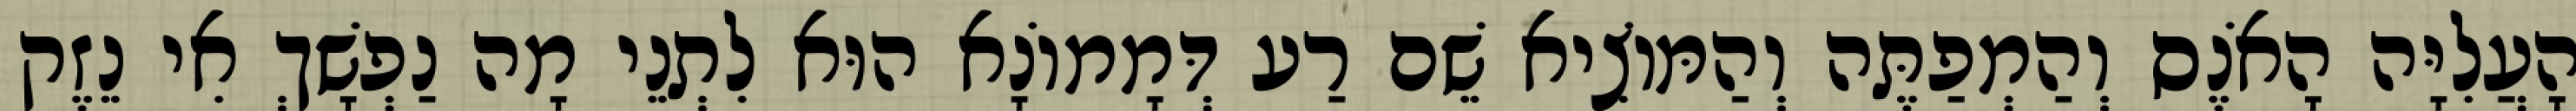
הָעֲלִיָּה הָאֹנֶס וְהַמְפַתֶּה וְהַמּוֹצִיא שֵׁם רַע דְּמָמוֹנָא הוּא לִתְנֵי מָה נַפְשָׁךְ אִי נֵזֶק